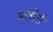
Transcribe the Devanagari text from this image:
फ़्लोर्स